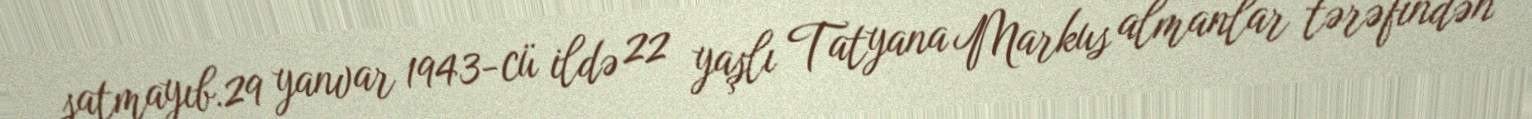
satmayıb.29 yanvar 1943-cü ildə 22 yaşlı Tatyana Markus almanlar tərəfindən